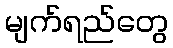
မျက်ရည်တွေ